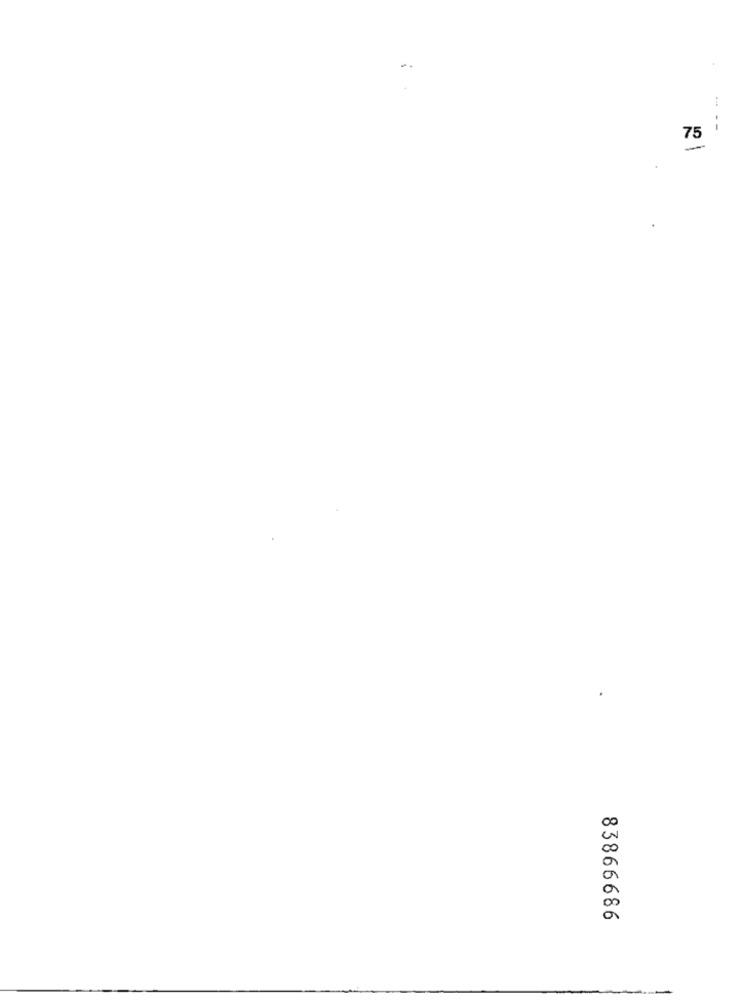
--
75
83866686